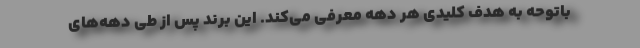
باتوحه به هدف کلیدی هر دهه معرفی می‌کند. این برند پس از طی دهه‌های